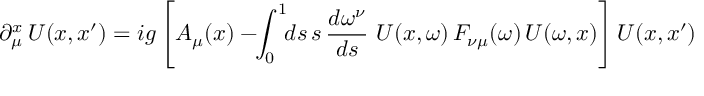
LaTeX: \partial _ { \mu } ^ { x } \, U ( x , x ^ { \prime } ) = i g \left[ A _ { \mu } ( x ) - \! \! \int _ { 0 } ^ { 1 } \! \! d s \, s \, { \frac { d \omega ^ { \nu } } { d s } } \ U ( x , \omega ) \, F _ { \nu \mu } ( \omega ) \, U ( \omega , x ) \right] U ( x , x ^ { \prime } )